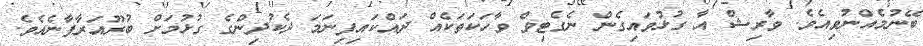
ބޭނުމެއްނުވިއެވެ. ވާރިޝް އާ ގުޅުވައިގެން ނެގެޓިވް ވާހަކަތަކެއް ދައްކައިފިނަމަ ދެކުދިންގެ ގުޅުމަށް ބުރޫއަރާފާނެއެވެ.